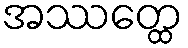
အဿတ္ထေ